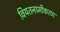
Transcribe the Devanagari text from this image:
वियतनामीकरण